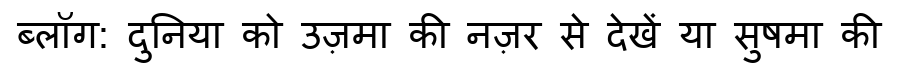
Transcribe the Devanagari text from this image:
ब्लॉग: दुनिया को उज़मा की नज़र से देखें या सुषमा की